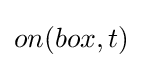
on(box,t)